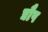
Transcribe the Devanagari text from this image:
द्यौष